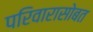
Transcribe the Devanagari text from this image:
परिवारासोबत